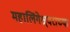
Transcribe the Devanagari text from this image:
महालिंगेश्र्वराच्या